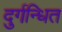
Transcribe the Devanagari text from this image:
दुर्गन्धित